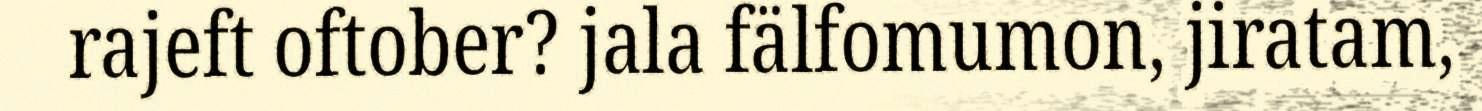
rajeft oftober? jala fälfomumon, jiratam,